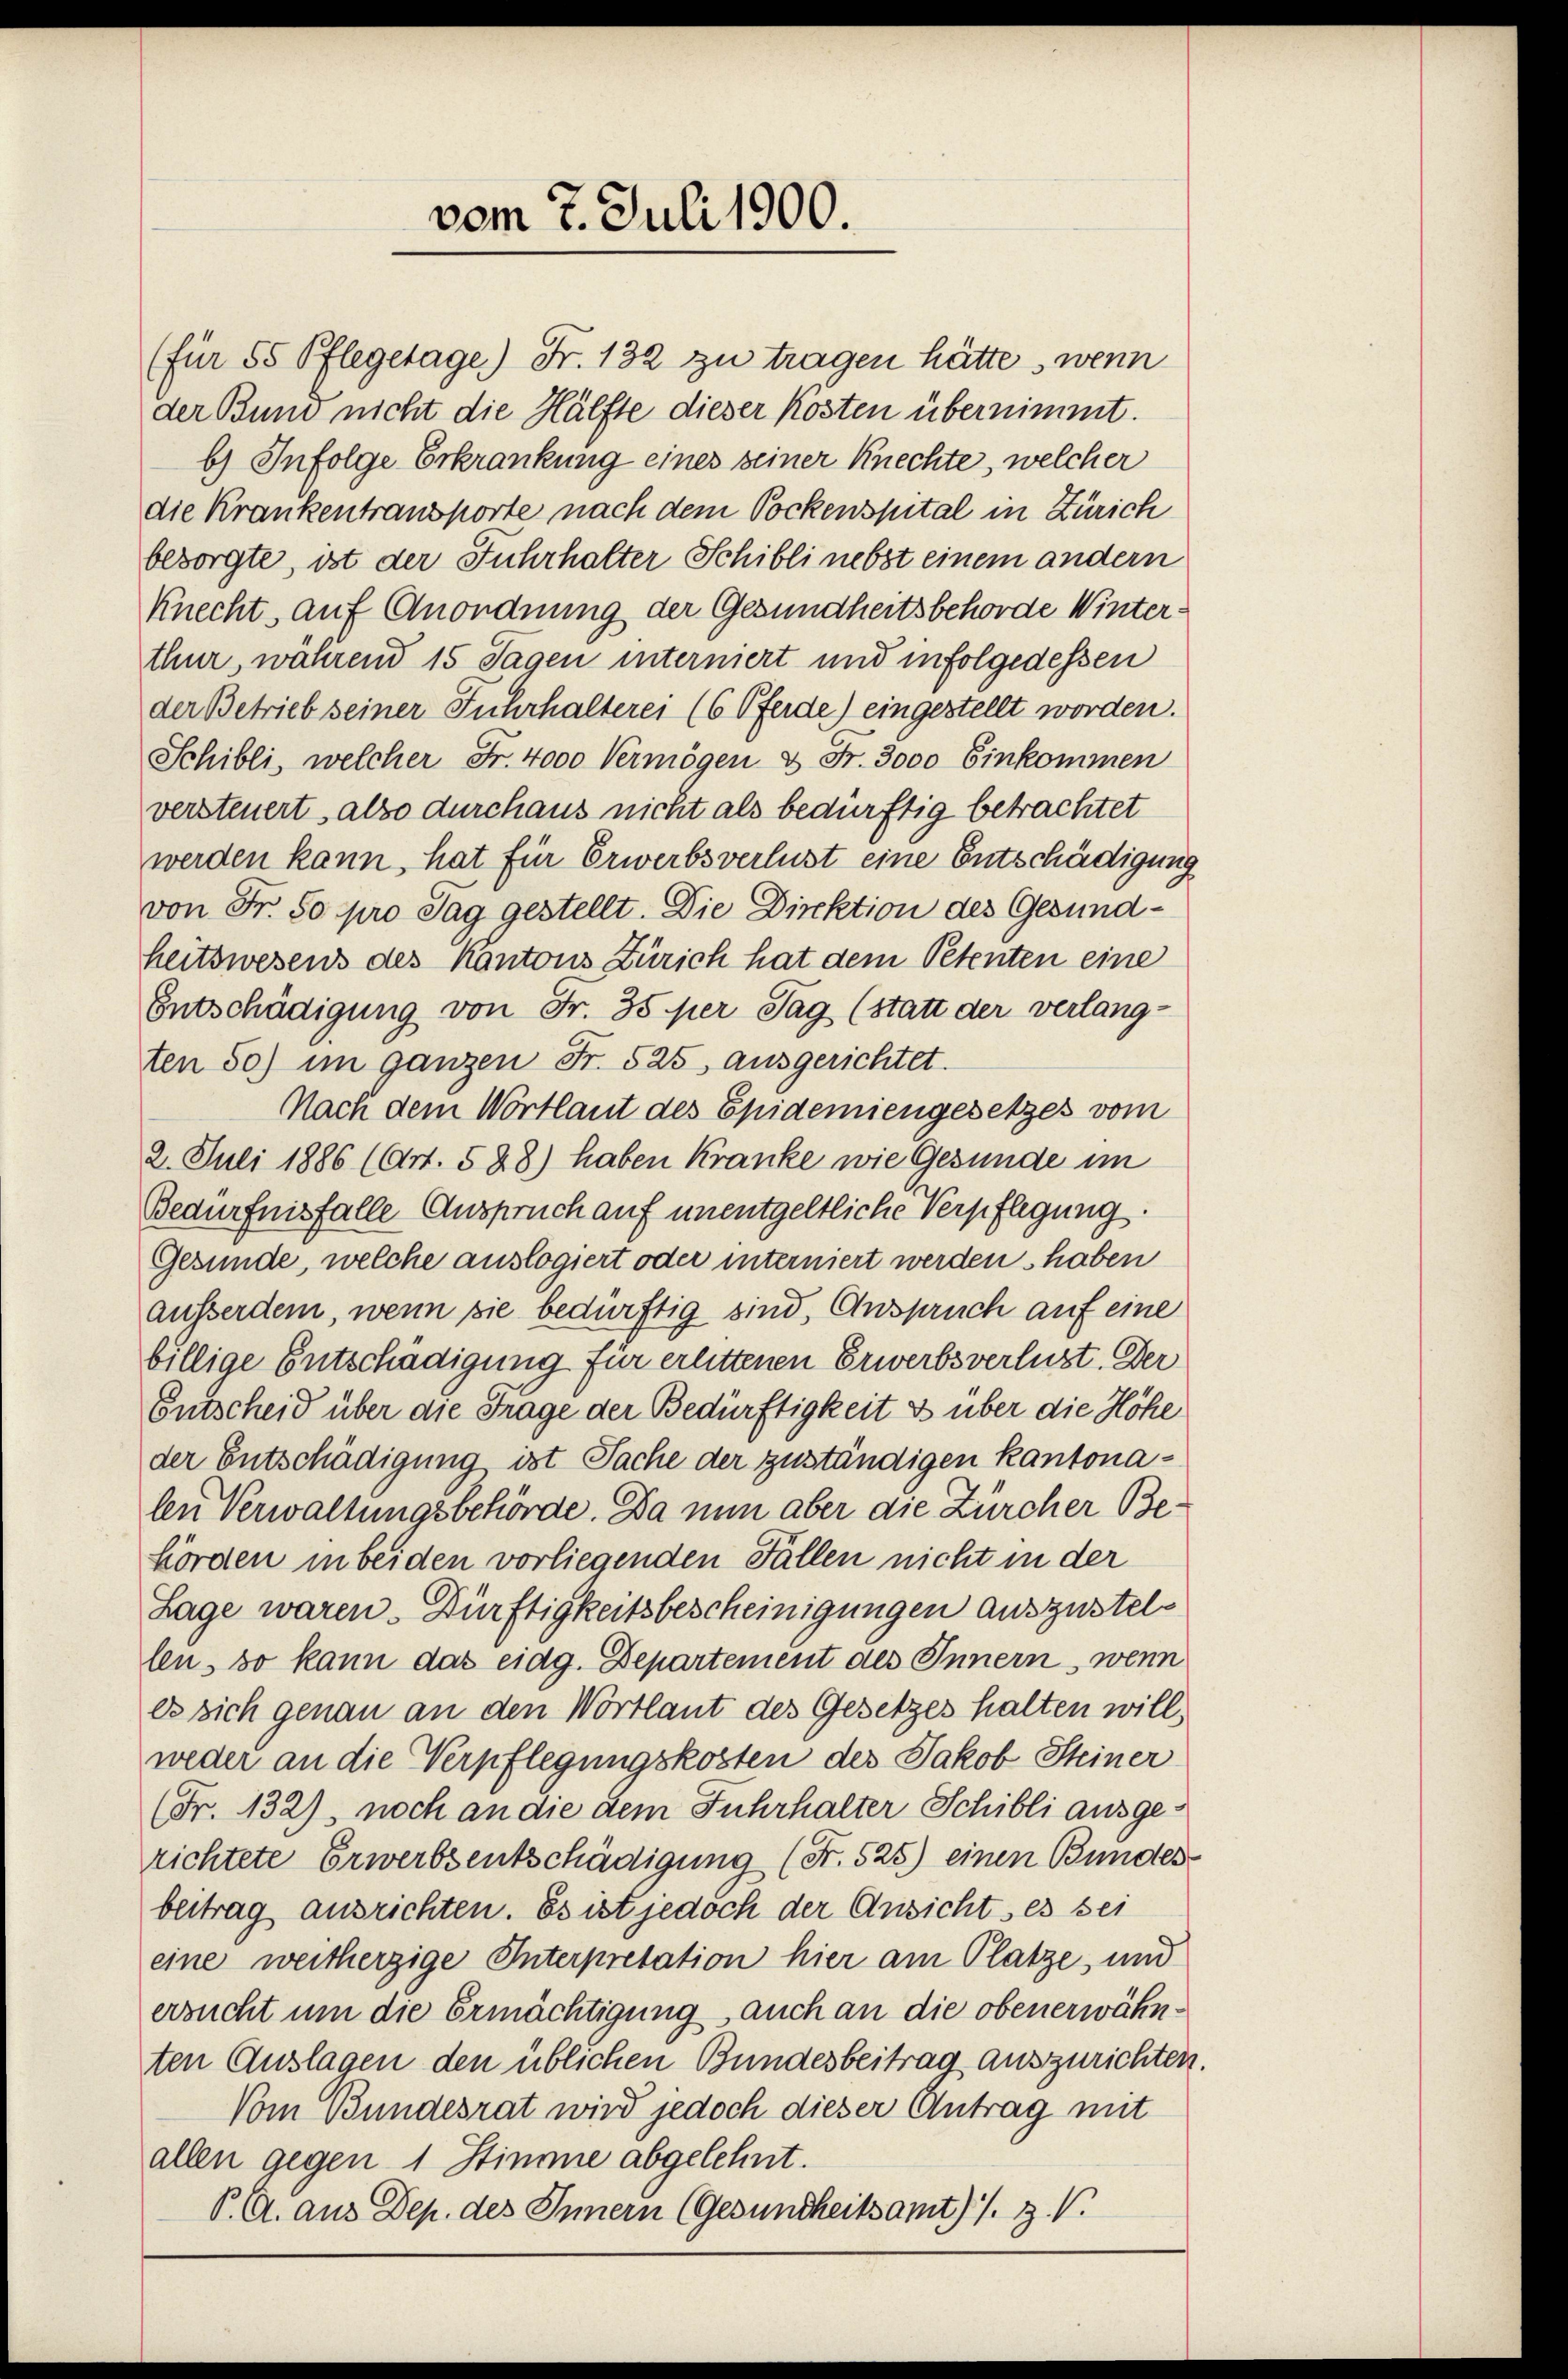
vom 7. Juli 1900.

(für 55 Pflegetage) Fr. 132 zu tragen hätte, wenn
der Buni nicht die Hälfte dieser Kosten übernimmt.
b) Infolge Erkrankung eines seiner Knechte, welcher
die Krankentransporte nach dem Pockenspital in Zürich
besorgte, ist der Fuhrhalter Schibli nebst einem andern
Knecht, auf Anordnung der Gesundheitsbehörde Winterthur, während 15 Tagen interniert und infolgedessen
der Betrieb seiner Fuhrhalterei (6 Pferde) eingestellt worden.
Schibli, welcher Fr. 4000 Vermögen & Fr. 3000 Einkommen
versteuert, also durchaus nicht als bedürftig betrachtet
werden kann, hat für Erwerbsverlust eine Entschädigung
von Fr. 50 pro Tag gestellt. Die Direktion des Gesundheitswesens des Kantons Zürich hat dem Petenten eine
Entschädigung von Fr. 35 per Tag (statt der verlang-
ten 50) im ganzen Fr. 525 ausgerichtet.
Nach dem Wortlaut des Epidemiengesetzes vom
2. Juli 1886 (Art. 528) haben Kranke wie Gesunde im
Bedürfnisfalle Anspruch auf unentgeltliche Verpflegung.
Gesunde, welche auslogiert oder interniert werden haben
ausserden, wenn sie bedürftig sind, Anspruch auf eine
billige Entschädigung für erlittenen Erwerbsverlust. Der
Entscheid über die Frage der Bedürftigkeit & über die Höhe
der Entschädigung ist Sache der zuständigen kantonalen Verwaltungsbehörde. Da nun aber die Zürcher Behörden in beiden vorliegenden Fällen nicht in der
Lage waren. Dürftigkeitsbescheinigungen auszustellen, so kann das eidg. Departement des Innern, wenn
es sich genau an den Wortlaut des Gesetzes halten will,
weder an die Verpflegungskosten des Jakob Steiner
(Fr. 132), noch an die dem Fuhrhalter Schibli ausgerichtete Erwerbsentschädigung (S. 525) einen Bundes-
beitrag ausrichten. Es ist jedoch der Ansicht ses sei
eine weitherzige Interpretation hier am Platze, und
ersucht um die Ermächtigung auch an die obenerwähnten Auslagen den üblichen Bundesbeitrag auszurichten
Vom Bundesrat wird jedoch dieser Antrag mit
allen gegen 1 Stimme abgelehnt.
P. G. aus Dep. des Innern (Gesundheitsamt) s. Z. V.